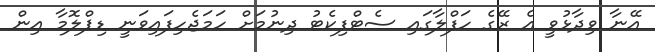
އޭނާ ވިދާޅުވީ އެ ރޭގެ ހަފްލާގައި ސެޓްފިކެޓު ދިނުމަށް ހަމަޖެހިފައިވަނީ ޑިޕްލޮމާ އިން